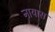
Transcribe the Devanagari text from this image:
नायास